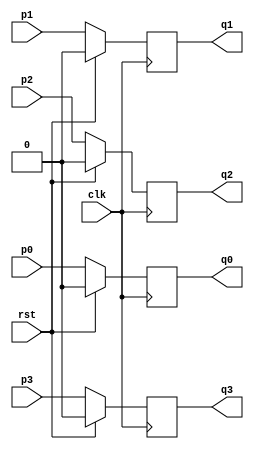
module pipo (clk,rst,p3,p2,p1,p0,q0,q1,q2,q3);
input clk,rst,p3,p2,p1,p0;
output reg q0,q1,q2,q3;
always@(negedge clk) begin
if(rst) begin
q0<=1'b0;
q1<=1'b0;
q2<=1'b0;
q3<=1'b0;
end
else begin
q0<=p0;
q1<=p1;
q2<=p2;
q3<=p3;
end
end
endmodule